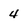
Character: 4